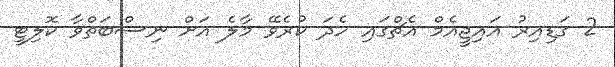
2 ގަޑިއިރު އައިޖީއެމް އެޗްގައި ހެދަ ކުރެވޭ މާލެ އަށް ނިސްބަތްވާ ކޮލިޓީ